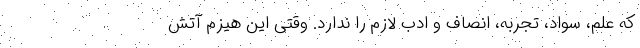
که علم، سواد، تجربه، انصاف و ادب لازم را ندارد. وقتی این هیزم آتش